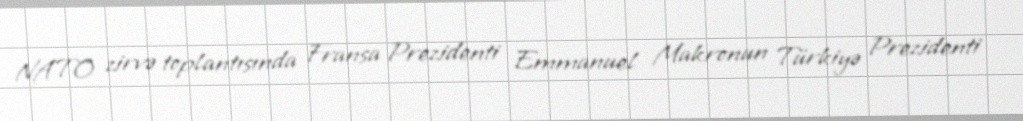
NATO zirvə toplantısında Fransa Prezidenti Emmanuel Makronun Türkiyə Prezidenti